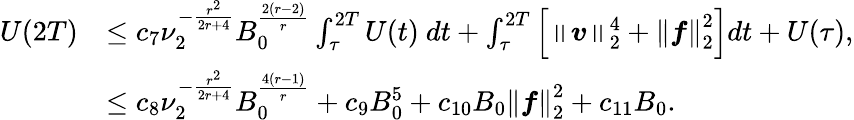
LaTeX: \begin{array}{rl}{U(2T)}&{\leq c_{7}\nu_{2}^{-\frac{r^{2}}{2r+4}}B_{0}^{\frac{2(r-2)}{r}}\int_{\tau}^{2T}U(t)\ dt+\int_{\tau}^{2T}\left[\left\lVert\boldsymbol{v}\right\rVert_{2}^{4}+\left\lVert\boldsymbol{f}\right\rVert_{2}^{2}\right]dt+U(\tau),}\\ &{\leq c_{8}\nu_{2}^{-\frac{r^{2}}{2r+4}}B_{0}^{\frac{4(r-1)}{r}}+c_{9}B_{0}^{5}+c_{10}B_{0}\left\lVert\boldsymbol{f}\right\rVert_{2}^{2}+c_{11}B_{0}.}\end{array}